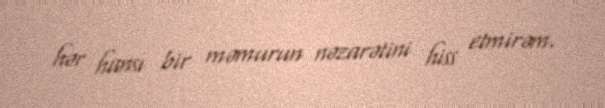
hər hansı bir məmurun nəzarətini hiss etmirəm.